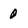
Character: 0